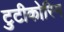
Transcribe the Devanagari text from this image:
टुटीकोरिन